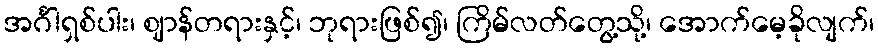
အင်္ဂါရှစ်ပါး၊ ဈာန်တရားနှင့်၊ ဘုရားဖြစ်၍၊ ကြိမ်လတ်တွေ့သို့၊ အောက်မေ့ခိုလျက်၊